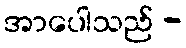
အာပေါသည် -